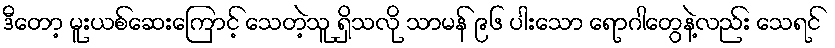
ဒီတော့ မူးယစ်ဆေးကြောင့် သေတဲ့သူ ရှိသလို သာမန် ၉၆ ပါးသော ရောဂါတွေနဲ့လည်း သေရင်